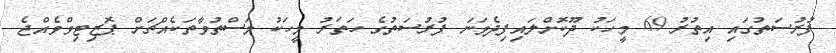
ފުރުސަތުގައި އިތުރު 69 މީހަކު ދޫކޮށްލައިފިދެވަނަ ފުރުސަތުގެ ހަތަރު މީހަކު މަސްތުވާތަކެއްޗަށް ޕޮޒިޓިވްވެއްޖެ